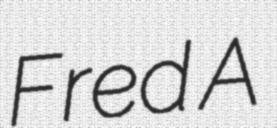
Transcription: Fred A